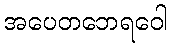
အပေတဘေရဝေါ